Problem: 4 × 2 = ?
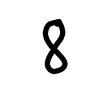
Handwritten answer: 8